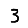
Digit: 3